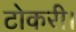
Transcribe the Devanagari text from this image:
टोकरी।